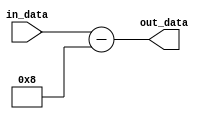
module subtractor(in_data,out_data);
  
  input wire [31:0] in_data;
  output wire [31:0] out_data;
  
  assign out_data=in_data-8;
  
endmodule